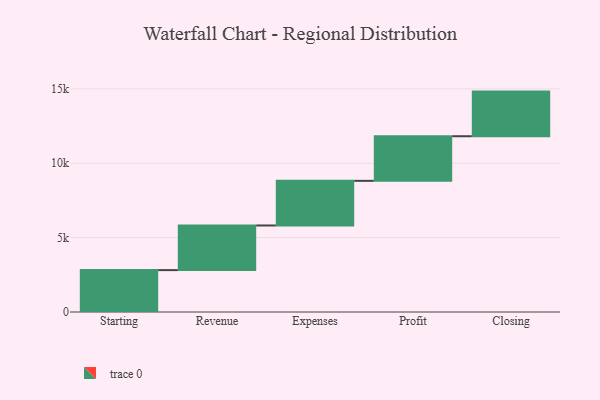
{"axis": {"x": "Step", "y": "Value"}, "legend": [""], "data": [{"x": "Starting", "y": 2816.0, "type": ""}, {"x": "Revenue", "y": 3000, "type": ""}, {"x": "Expenses", "y": 3000, "type": ""}, {"x": "Profit", "y": 3000, "type": ""}, {"x": "Closing", "y": 3000, "type": ""}]}